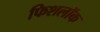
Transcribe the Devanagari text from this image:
फिशलॉक